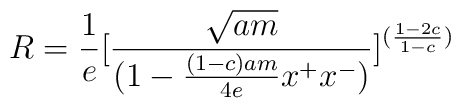
R={1 \over e}[{ \sqrt{am} \over (1-{(1-c)am \over 4e} x^+ x^-)}]^{ ({1-2c \over 1-c})}